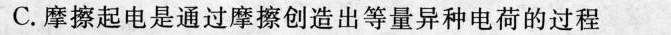
C.摩擦起电是通过摩擦创造出等量异种电荷的过程